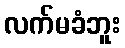
လက်မခံဘူး